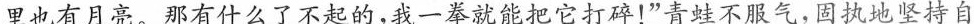
里也有月亮。那有什么了不起的，我一拳就能把它打碎！”青蛙不服气，固执地坚持自